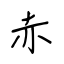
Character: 赤